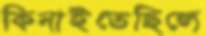
কিনাইতেছিলে